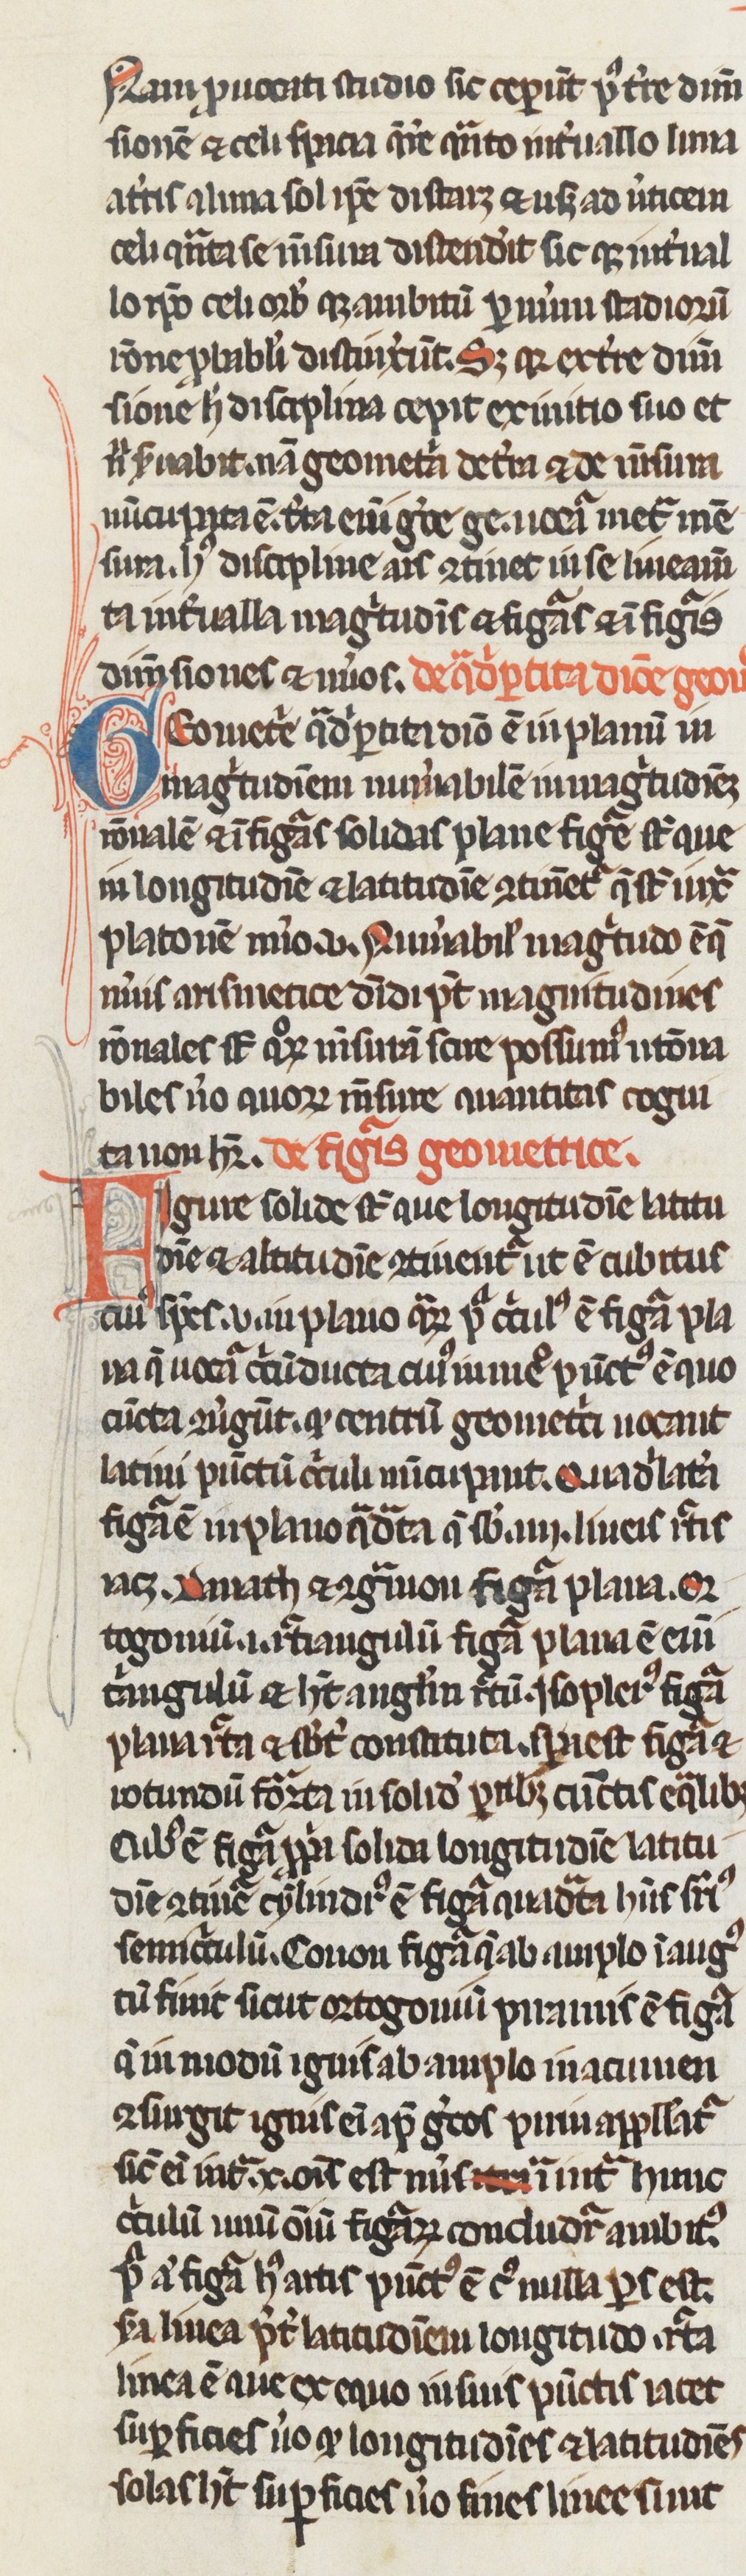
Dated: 1250–1299